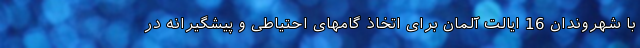
با شهروندان 16 ایالت آلمان برای اتخاذ گامهای احتیاطی و پیشگیرانه در